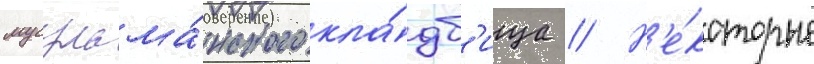
мусульма́нского кла́дб'ища // Н'е́которые